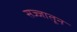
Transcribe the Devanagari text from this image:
सज्जातून